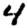
Digit: 4